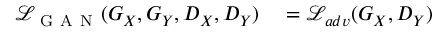
\begin{array} { r l } { \mathcal { L } _ { \mathrm { ~ G ~ A ~ N ~ } } ( G _ { X } , G _ { Y } , D _ { X } , D _ { Y } ) } & { { } = \mathcal { L } _ { a d v } ( G _ { X } , D _ { Y } ) } \end{array}